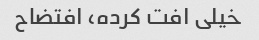
خیلی افت کرده، افتضاح